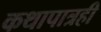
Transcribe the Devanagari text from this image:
कथापात्रही